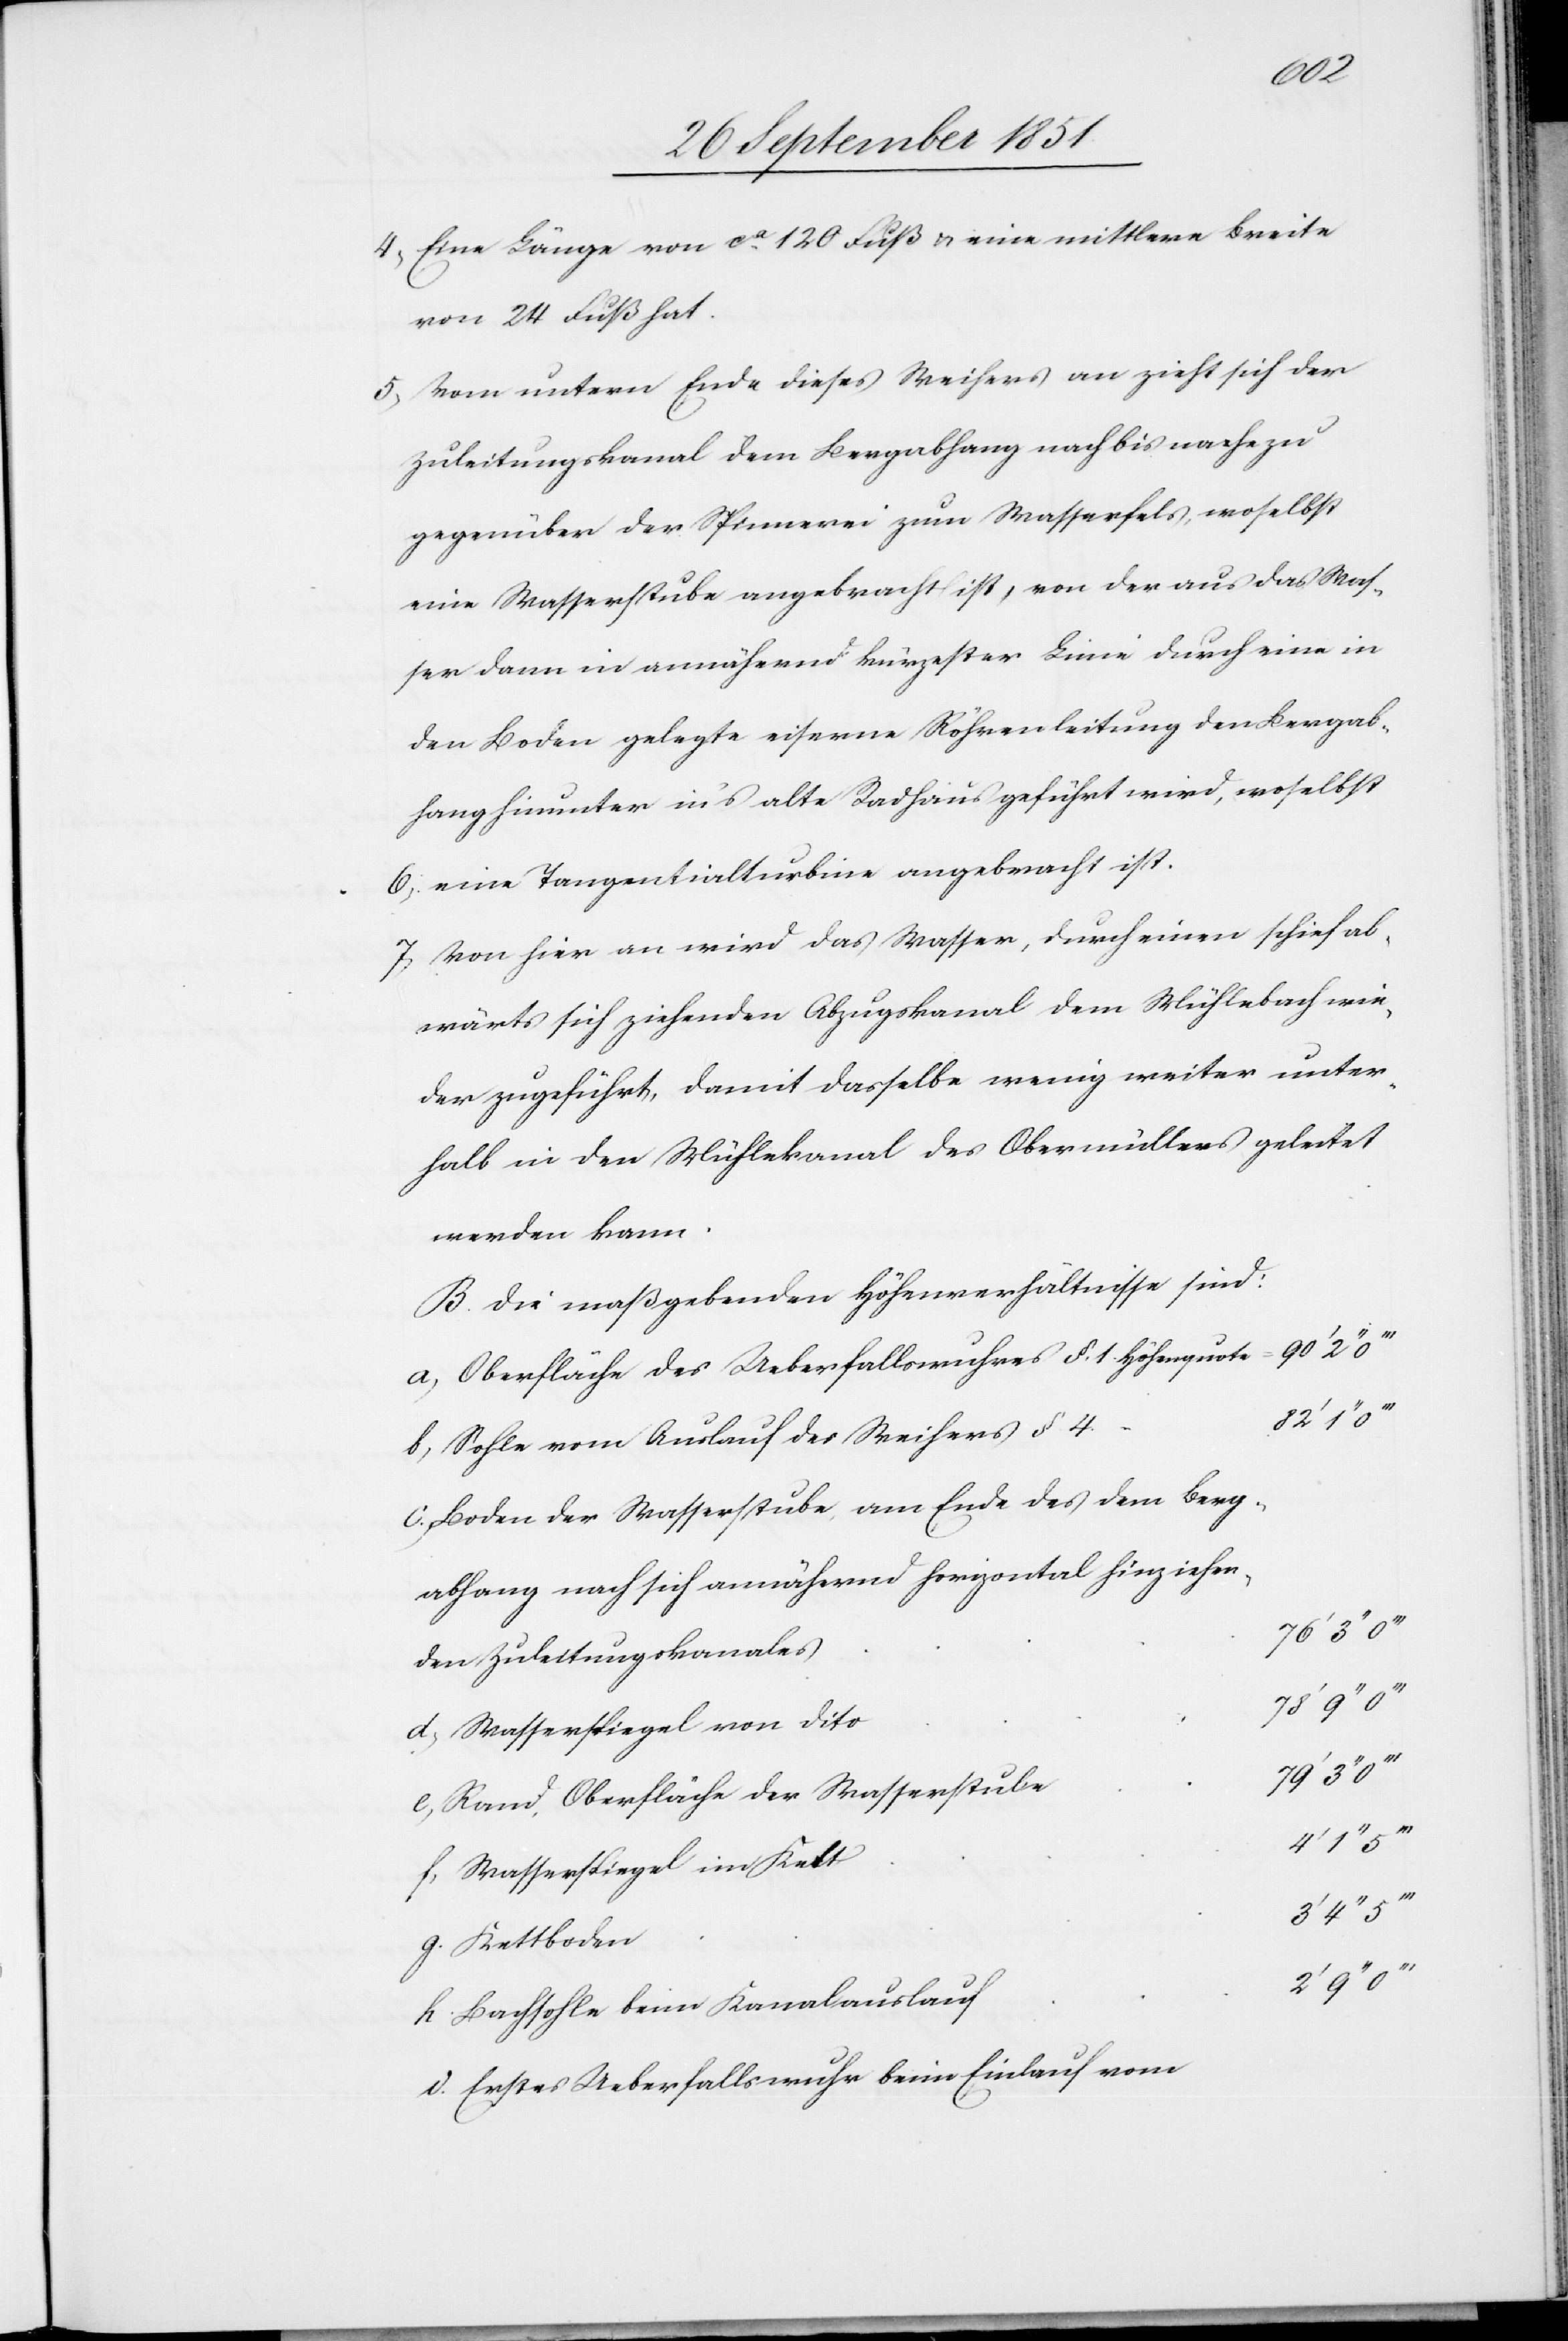
78‘
Eine Länge von ca. 120 Fuß & eine mittlere Breite
von 24 Fuß hat.
Vom untern Ende dieses Weihers an zieht sich der
Zuleitungskanal dem Bergabhang nach bis nahezu
gegenüber der Spinnerei zum Wasserfels, woselbst
eine Wasserstube angebracht ist, von der aus das Was¬
ser dann in annähernd kürzester Linie durch eine in
den Boden gelegte eiserne Röhrenleitung den Bergab¬
hang hinunter in’s alte Radhaus geführt wird, woselbst
eine Tangentialturbine angebracht ist.
Von hier an wird das Wasser, durch einen schief ab¬
wärts sich ziehenden Abzugskanal dem Mühlebach wie¬
der zugeführt, damit dasselbe wenig weiter unter¬
halb in den Mühlekanal des Obermüllers geleitet
werden kann.
Die maßgebenden Höhenverhältnisse sind:
Oberfläche des Ueberfallswuhres §. 1. Höhenquote =
2‘‘
Sohle vom Auslauf des Weihers § 4.
Boden der Wasserstube, am Ende des dem Berg¬
abhang nach sich annähernd horizontal hinziehen¬
76‘ 3‘‘
den Zuleitungskanales
Wasserspiegel von dito
Rand, Oberfläche der Wasserstube
Wasserspiegel im Kett
g.
Bachsohle beim Kanalauslauf
Erstes Ueberfallswuhr beim Einlauf vom